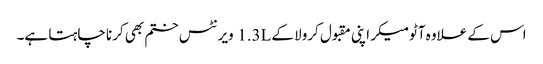
اس کے علاوہ آٹومیکر اپنی مقبول کرولا کے 1.3L ویرنٹس ختم بھی کرنا چاہتا ہے۔